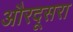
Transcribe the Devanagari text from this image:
औरदूसरा